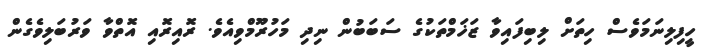
ހީފިލިނަމަވެސް ހިތަށް ލިބިފައިވާ ޒަޚަމްތަކުގެ ސަބަބުން ނިދި މަހުރޫމްވިއެވެ. ރޮއިރޮއި އޮތްވާ ވަރުބަލިވެގެން